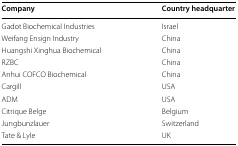
<table><thead><tr><td><b>Company</b></td><td><b>Country headquarter</b></td></tr></thead><tbody><tr><td>Gadot Biochemical Industries</td><td>Israel</td></tr><tr><td>Weifang Ensign Industry</td><td>China</td></tr><tr><td>Huangshi Xinghua Biochemical</td><td>China</td></tr><tr><td>RZBC</td><td>China</td></tr><tr><td>Anhui COFCO Biochemical</td><td>China</td></tr><tr><td>Cargill</td><td>USA</td></tr><tr><td>ADM</td><td>USA</td></tr><tr><td>Citrique Belge</td><td>Belgium</td></tr><tr><td>Jungbunzlauer</td><td>Switzerland</td></tr><tr><td>Tate &amp; Lyle</td><td>UK</td></tr></tbody></table>